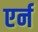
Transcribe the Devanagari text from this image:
एर्न